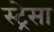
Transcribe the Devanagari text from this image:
स्ट्रेसा